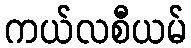
ကယ်လစီယမ်